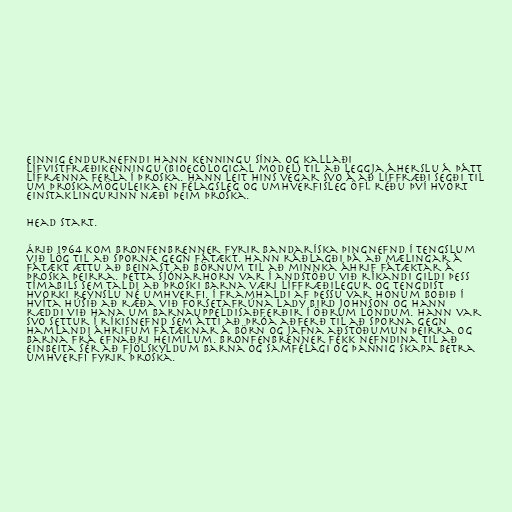
Einnig endurnefndi hann kenningu sína og kallaði
lífvistfræðikenningu (bioecological model) til að leggja áherslu á þátt
lífrænna ferla í þroska. Hann leit hins vegar svo á að líffræði segði til
um þroskamöguleika en félagsleg og umhverfisleg öfl réðu því hvort
einstaklingurinn næði þeim þroska.

Head Start.

Árið 1964 kom Bronfenbrenner fyrir bandaríska þingnefnd í tengslum
við lög til að sporna gegn fátækt. Hann ráðlagði þá að mælingar á
fátækt ættu að beinast að börnum til að minnka áhrif fátæktar á
þroska þeirra. Þetta sjónarhorn var í andstöðu við ríkandi gildi þess
tímabils sem taldi að þroski barna væri líffræðilegur og tengdist
hvorki reynslu né umhverfi. Í framhaldi af þessu var honum boðið í
Hvíta húsið að ræða við forsetafrúna Lady Bird Johnson og hann
ræddi við hana um barnauppeldisaðferðir í öðrum löndum. Hann var
svo settur í ríkisnefnd sem átti að þróa aðferð til að sporna gegn
hamlandi áhrifum fátæknar á börn og jafna aðstöðumun þeirra og
barna frá efnaðri heimilum. Bronfenbrenner fékk nefndina til að
einbeita sér að fjölskyldum barna og samfélagi og þannig skapa betra
umhverfi fyrir þroska.